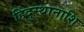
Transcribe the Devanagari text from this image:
हिंदुस्थानाशि